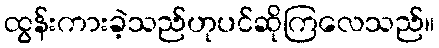
ထွန်းကားခဲ့သည်ဟုပင်ဆိုကြလေသည်။